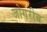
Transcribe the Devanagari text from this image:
जोगरीब